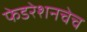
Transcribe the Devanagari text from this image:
फेडरेशनचेच